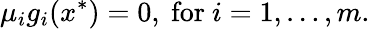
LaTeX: \mu_{i}g_{i}(x^{*})=0,{\mathrm{~for~}}i=1,\ldots,m.